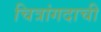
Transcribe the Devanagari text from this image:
चित्रांगदाची